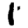
Digit: 1